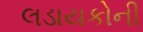
લડાયકોની